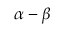
\alpha - \beta